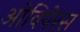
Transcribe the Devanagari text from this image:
ओविपेरस